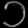
Digit: ၁